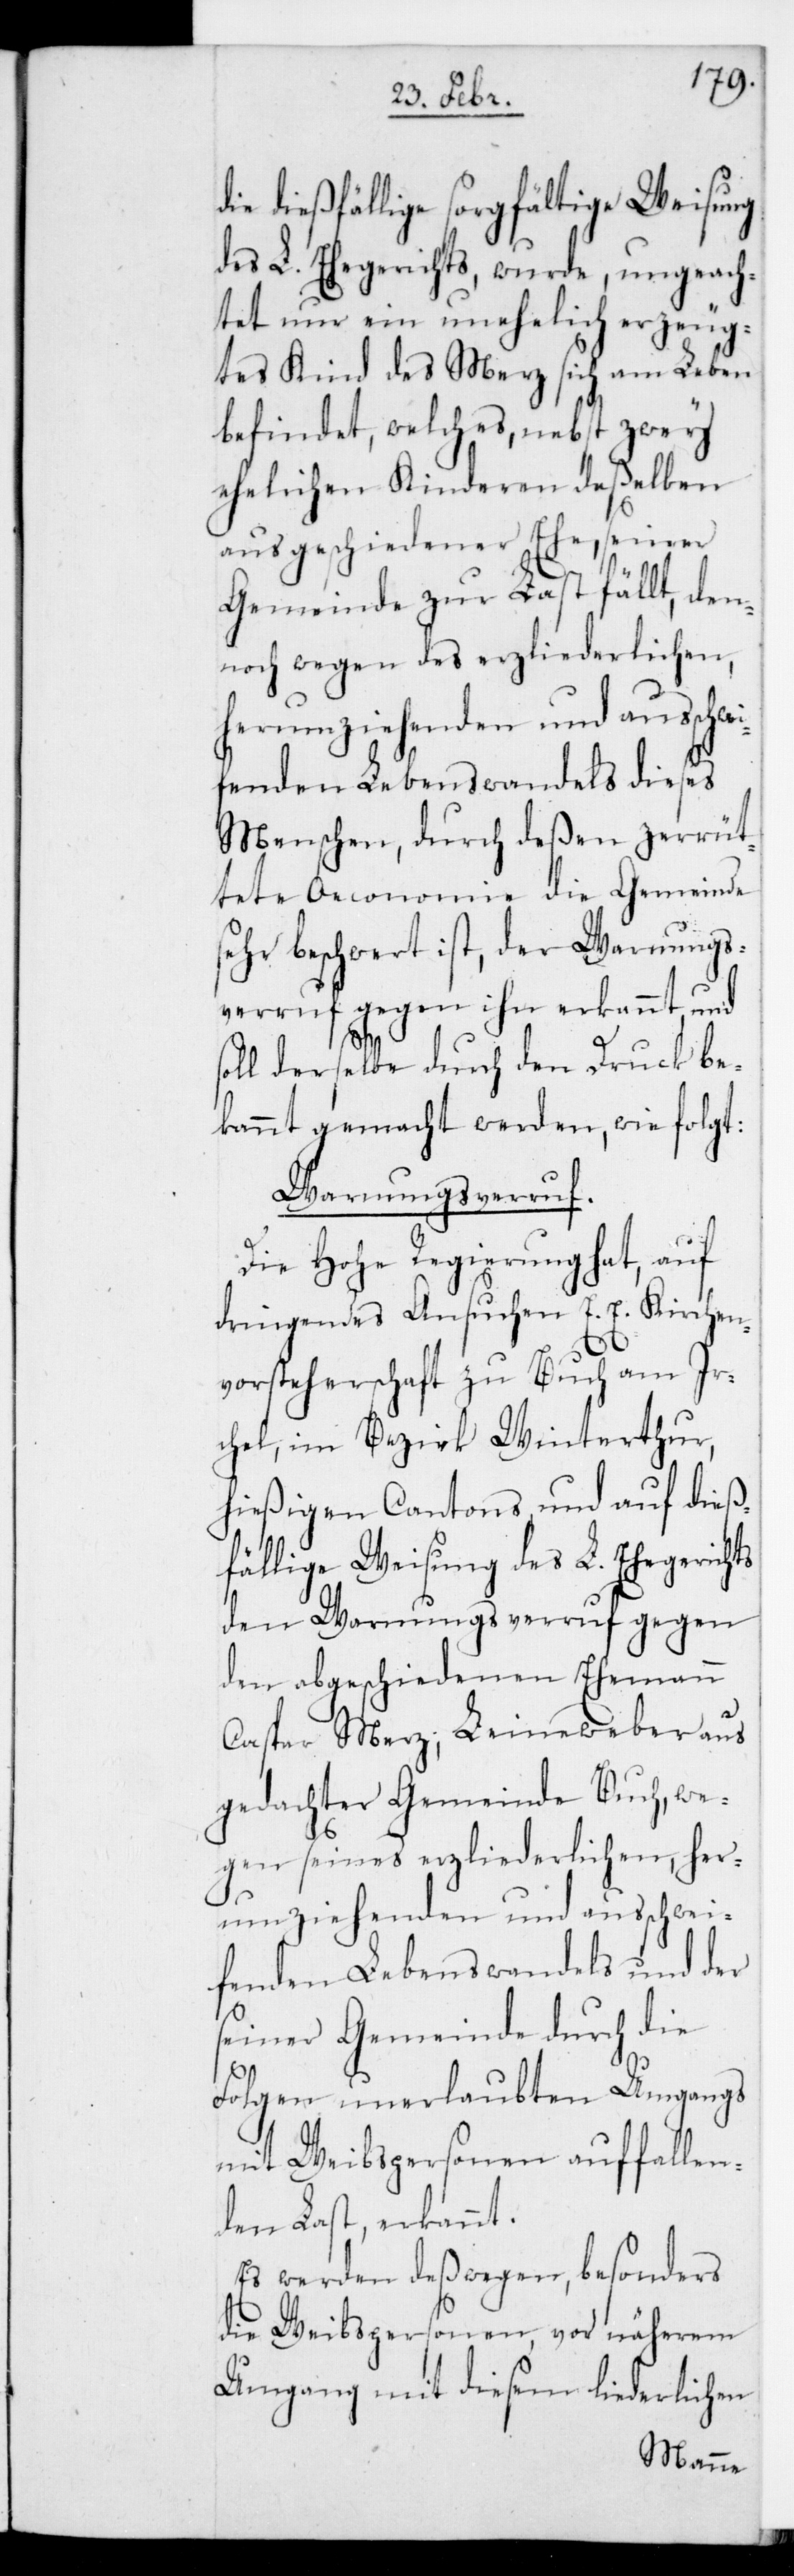
die dießfällige sorgfältige Weisung
des L. Ehegerichts, wurde ungeach¬
tet nur ein unehelich erzeug¬
tes Kind des Merz sich am Leben
befindet, welches nebst zwey
ehelichen Kinderen deßelben
aus geschiedener Ehe, seiner
Gemeinde zur Last fällt, den¬
noch wegen des erzliederlichen
herumziehenden und ausschwe¬
ifenden Lebenswandels dieses
Menschen, durch deßen zerrüt¬
tete Oeconomie die Gemeinde
sehr beschwert ist, der Warnungs¬
verruf gegen ihn erkannt, und
oll derselbe durch den Druck be¬
kannt gemacht werden, wie folgt:
Warnungsverruf.
Die Hohe Regierung hat, auf
dringendes Ansuchen E. E. Kirchen¬
vorsteherschaft zu Buch am Ir¬
chel im Bezirk Winterthur,
hießigen Cantons und auf dieß¬
fällige Weisung des L. Ehegerichts
den Warnungsverruf gegen
den abgeschiedenen Ehemann
s¬
Caspar Merz, Leineweber aus
gedachter Gemeinde Buch, we¬
gen seines erzliederlichen her¬
umziehenden und ausschwei¬
fenden Lebenswandels und der
seiner Gemeinde durch die
Folgen unerlaubten Umgangs
mit Weibspersonen auffallen¬
den Last erkannt:
Es werden deßwegen, besonders
die Weibspersonen, vor näherem
Umgang mit diesem liederlichen